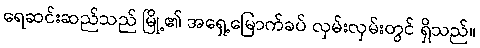
ရေဆင်းဆည်သည် မြို့၏ အရှေ့မြောက်ခပ် လှမ်းလှမ်းတွင် ရှိသည်။